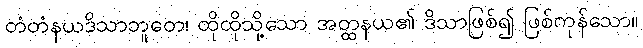
တံတံနယဒိသာဘူတေ၊ ထိုထိုသို့သော အတ္ထနယ၏ ဒိသာဖြစ်၍ ဖြစ်ကုန်သော။